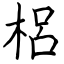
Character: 梠